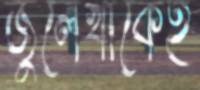
জুলেখাকেই